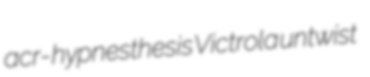
acr- hypnesthesis Victrola untwist